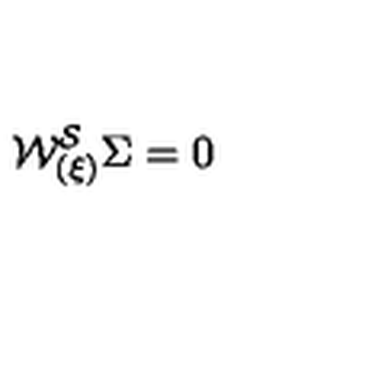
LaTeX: { \cal W _ { ( \xi ) } ^ { S } } \Sigma = 0